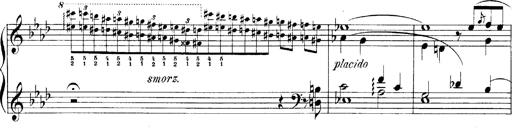
Title: LiebestrÃ¤ume
Composer: Franz Behr
Key: E-flat major